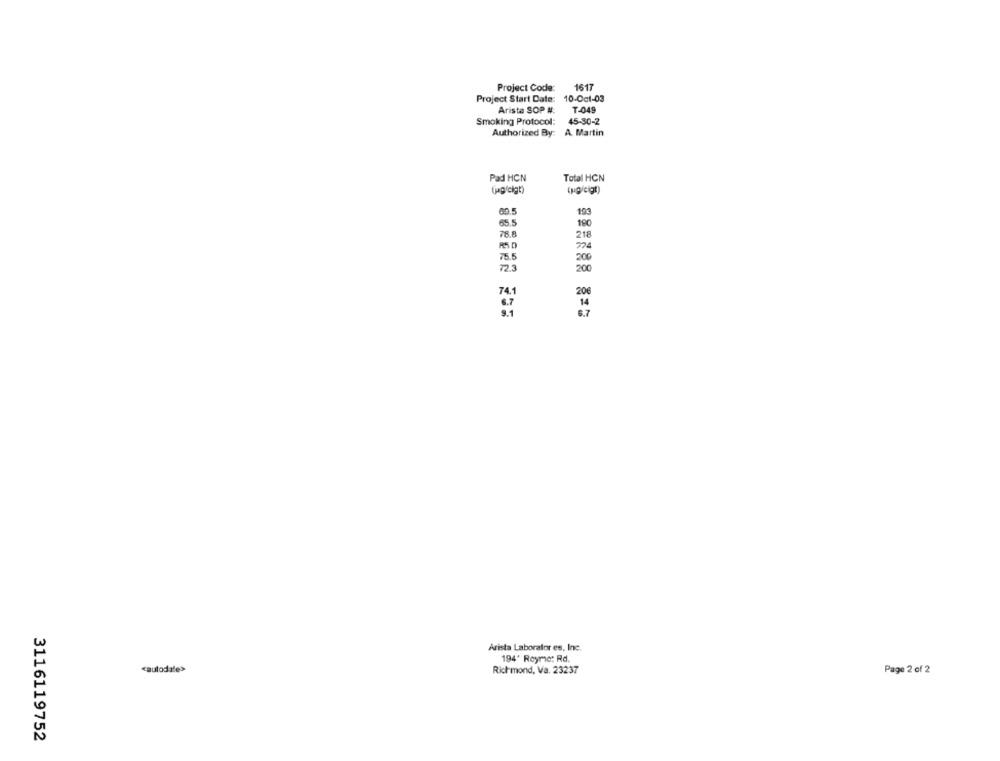
Project Code:
1617
Project Start Date: 10-Oct-03
Arista SOP #:
T-049
Smoking Protocol:
45-30-2
Authorized By: A. Martin
Pad HCN
Total HCN
(jag'cigt)
(pg/cigt)
60.5
19
65.5
190
78.8
218
75.5
200
72.3
200
20€
74.1
6.7
14
9.1
8.7
Arista Laborator es, Inc.
194' Royme: Rd.
cautodate>
Richmond, Va. 23237
Page 2 of 2
3116119752